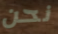
نحن